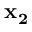
\mathbf { x _ { 2 } }